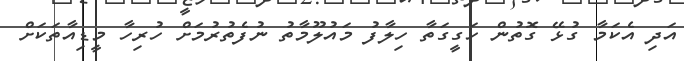
އަދި އެކަމާ ގުޅޭ ގޮތުން ހަގީގަތާ ހިލާފު މައުލޫމާތު ނުފެތުރުމަށް ހުރިހާ މީޑިއާތަކަށް